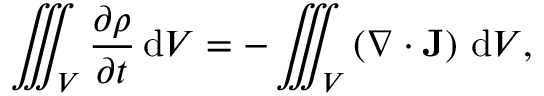
{ \iiint _ { V } { \frac { \partial \rho } { \partial t } } \, \mathrm { d } V } = { - \iiint _ { V } \left( \nabla \cdot \mathbf { J } \right) \, \mathrm { d } V } ,